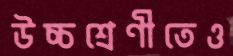
উচ্চশ্রেণীতেও